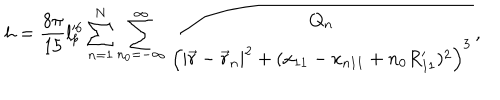
h = \frac { 8 \pi } { 1 5 } l _ { p } ^ { \prime 6 } \sum _ { n = 1 } ^ { N } \sum _ { n _ { 0 } = - \infty } ^ { \infty } \frac { Q _ { n } } { \left( | \vec { r } - \vec { r } _ { n } | ^ { 2 } + ( x _ { 1 1 } - x _ { n 1 1 } + n _ { 0 } R _ { 1 1 } ^ { \prime } ) ^ { 2 } \right) ^ { 3 } } ,